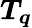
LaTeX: \boldsymbol{T_{q}}